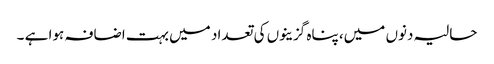
حالیہ دنوں میں، پناہ گزینوں کی تعداد میں بہت اضافہ ہوا ہے ۔